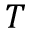
T